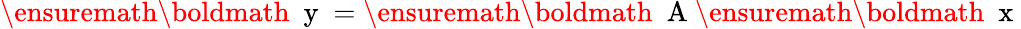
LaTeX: \begin{array}{r}{\ensuremath{{\mathchoice{\mathrm{\boldmath~\displaystyle~y~}}{\mathrm{\boldmath~\textstyle~y~}}{\mathrm{\boldmath~\scriptstyle~y~}}{\mathrm{\boldmath~\scriptscriptstyle~y~}}}}=\ensuremath{{\mathchoice{\mathrm{\boldmath~\displaystyle~A~}}{\mathrm{\boldmath~\textstyle~A~}}{\mathrm{\boldmath~\scriptstyle~A~}}{\mathrm{\boldmath~\scriptscriptstyle~A~}}}}\ensuremath{{\mathchoice{\mathrm{\boldmath~\displaystyle~x~}}{\mathrm{\boldmath~\textstyle~x~}}{\mathrm{\boldmath~\scriptstyle~x~}}{\mathrm{\boldmath~\scriptscriptstyle~x~}}}}}\end{array}